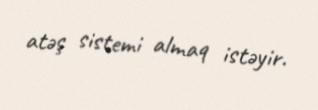
atəş sistemi almaq istəyir.